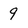
Character: 9